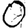
Digit: 0